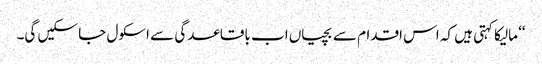
‘‘ مالیکا کہتی ہیں کہ اس اقدام سے بچیاں اب باقاعدگی سے اسکول جا سکیں گی۔